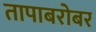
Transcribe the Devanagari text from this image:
तापाबरोबर